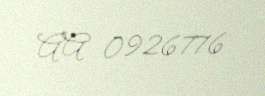
AA 0926776